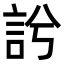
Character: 䚷